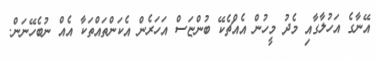
އޭނާގެ އަހުލާގާއި މެދު މީހުން އެއްޗެކޭ ބުންޏަސް އަހަރެން އެކަންތައްތަކާ އެއް ނުބެހޭނަން.